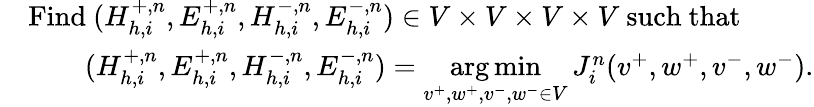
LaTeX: \begin{array}{rl}&{\mathrm{Find~}(H_{h,i}^{+,n},E_{h,i}^{+,n},H_{h,i}^{-,n},E_{h,i}^{-,n})\in V\times V\times V\times V\mathrm{~such~that~}}\\ &{\qquad(H_{h,i}^{+,n},E_{h,i}^{+,n},H_{h,i}^{-,n},E_{h,i}^{-,n})=\underset{v^{+},w^{+},v^{-},w^{-}\in V}{\arg\operatorname*{min}}\, J_{i}^{n}(v^{+},w^{+},v^{-},w^{-}).}\end{array}